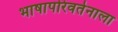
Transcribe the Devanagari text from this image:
भाषापरिवर्तनाला